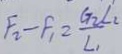
F _ { 2 } - F _ { 1 } = \frac { G _ { 2 } L _ { 2 } } { L _ { 1 } }